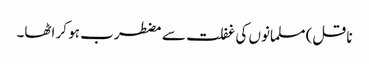
ناقل) مسلمانوں کی غفلت سے مضطرب ہو کر اٹھا۔